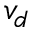
v _ { d }